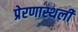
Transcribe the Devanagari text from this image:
प्रेरणास्थली